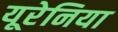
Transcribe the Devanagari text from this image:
यूरेनिया